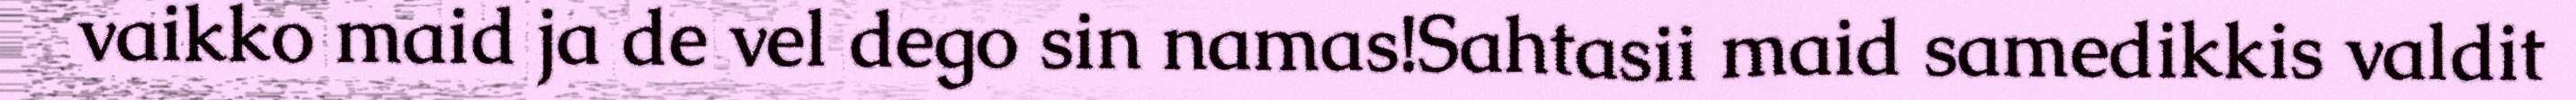
vaikko maid ja de vel dego sin namas!Sahtasii maid samedikkis valdit